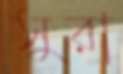
সুরা